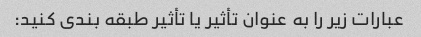
عبارات زیر را به عنوان تأثیر یا تأثیر طبقه بندی کنید: